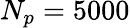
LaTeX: N_{p}=5000